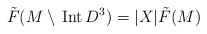
\begin{align*}\tilde{F}(M\setminus\,{\rm Int}\, D^3)= |X|\tilde{F}(M)\end{align*}